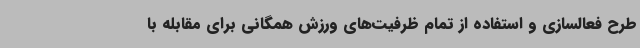
طرح فعالسازی و استفاده از تمام ظرفیت‌های ورزش همگانی برای مقابله با